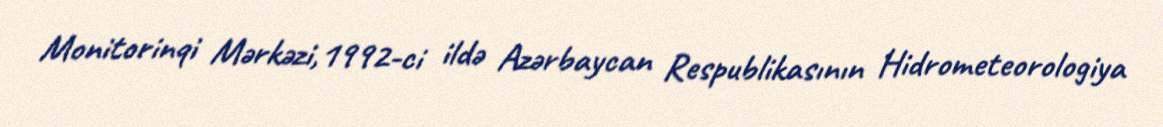
Monitorinqi Mərkəzi,1992-ci ildə Azərbaycan Respublikasının Hidrometeorologiya